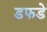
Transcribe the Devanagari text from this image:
डफडे